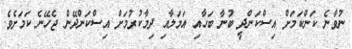
ނުވާނެ ކަންކަމަށް އިސްކަންދީ ބުނާ ބަހާއި އަމަލާއި ދިމާކުުރުމަށް އިސްކަންދޭން ޖެހޭނެ ކަމަށެވެ.